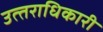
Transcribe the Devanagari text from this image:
उत्‍तराधिकारी